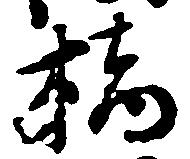
橋